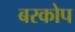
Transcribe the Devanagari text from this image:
बरकोप